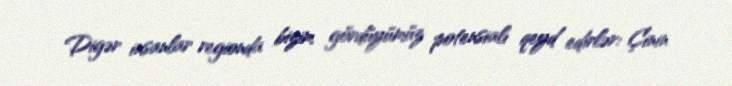
Digər insanlar regionda bizim gördüyümüz potensialı qeyd edirlər: Çinin